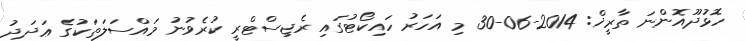
ހޮޅުދޫއޮންނަ ތާރީޚް: 2014-06-30 މި އަހަރު ހައިކޯޓުގައި ރެޖިސްޓްރީ ކުރެވުނު މައްސަލަތަކުގެ ޢަދަދު